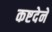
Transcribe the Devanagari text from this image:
कष्टदेने